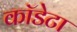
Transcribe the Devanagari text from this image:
कॉडेटा